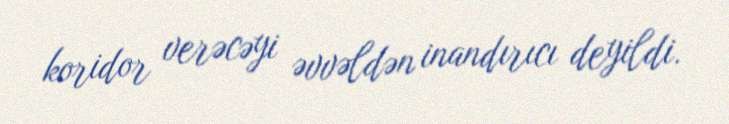
koridor verəcəyi əvvəldən inandırıcı deyildi.